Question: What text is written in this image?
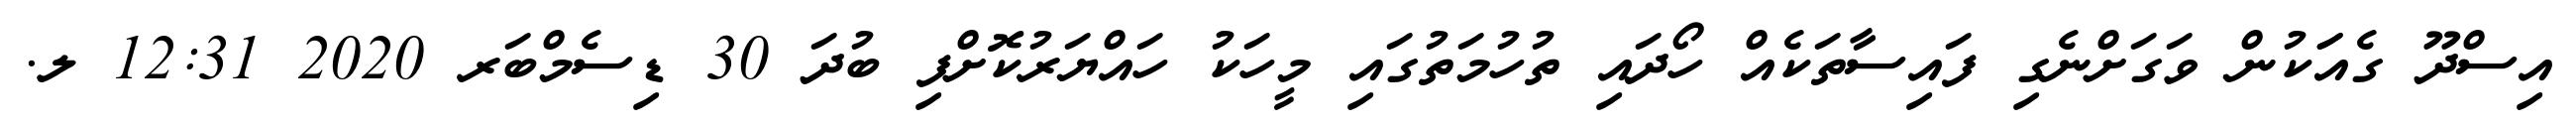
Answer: އިސްދޫ ގެއަަކުން ވަގަށްނެގި ފައިސާތަކެއް ހޯދައި ތުހުމަތުގައި މީހަކު ހައްޔަރުކޮށްފި ބުދަ 30 ޑިސެމްބަރ 2020 12:31 ލ.